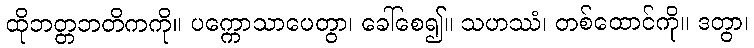
ထိုဘတ္တဘတိကကို။ ပက္ကောသာပေတွာ၊ ခေါ်စေ၍။ သဟဿံ၊ တစ်ထောင်ကို။ ဒတွာ၊